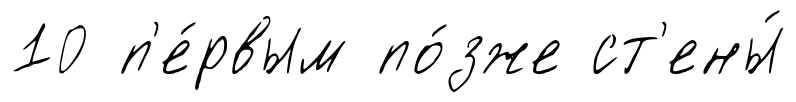
10 п'е́рвым по́зже ст'ены́